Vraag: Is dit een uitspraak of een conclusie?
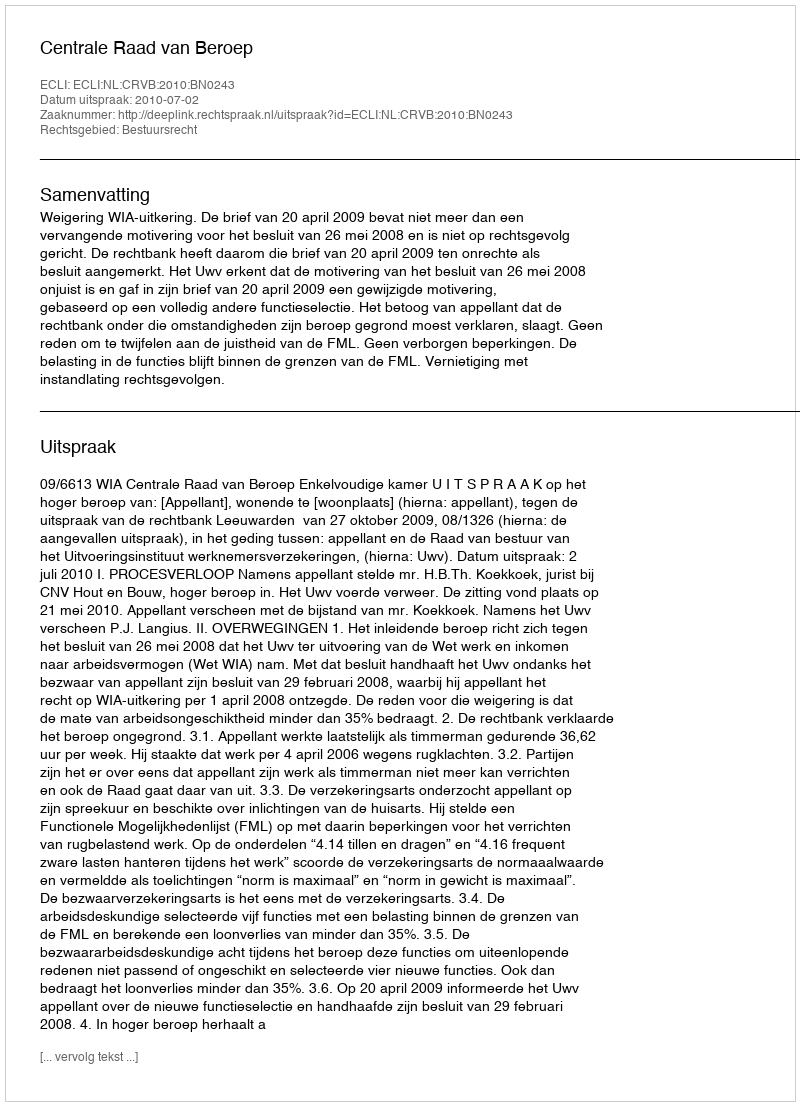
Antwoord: Uitspraak